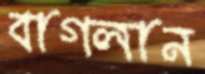
বাগলান